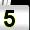
Digit: 5